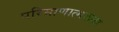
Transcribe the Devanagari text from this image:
परिमाणात्मकता